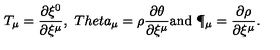
T _ { \mu } = \frac { \partial \xi ^ { 0 } } { \partial \xi ^ { \mu } } , \ T h e t a _ { \mu } = \rho \frac { \partial \theta } { \partial \xi ^ { \mu } } \mathrm { a n d } \ \P _ { \mu } = \frac { \partial \rho } { \partial \xi ^ { \mu } } .